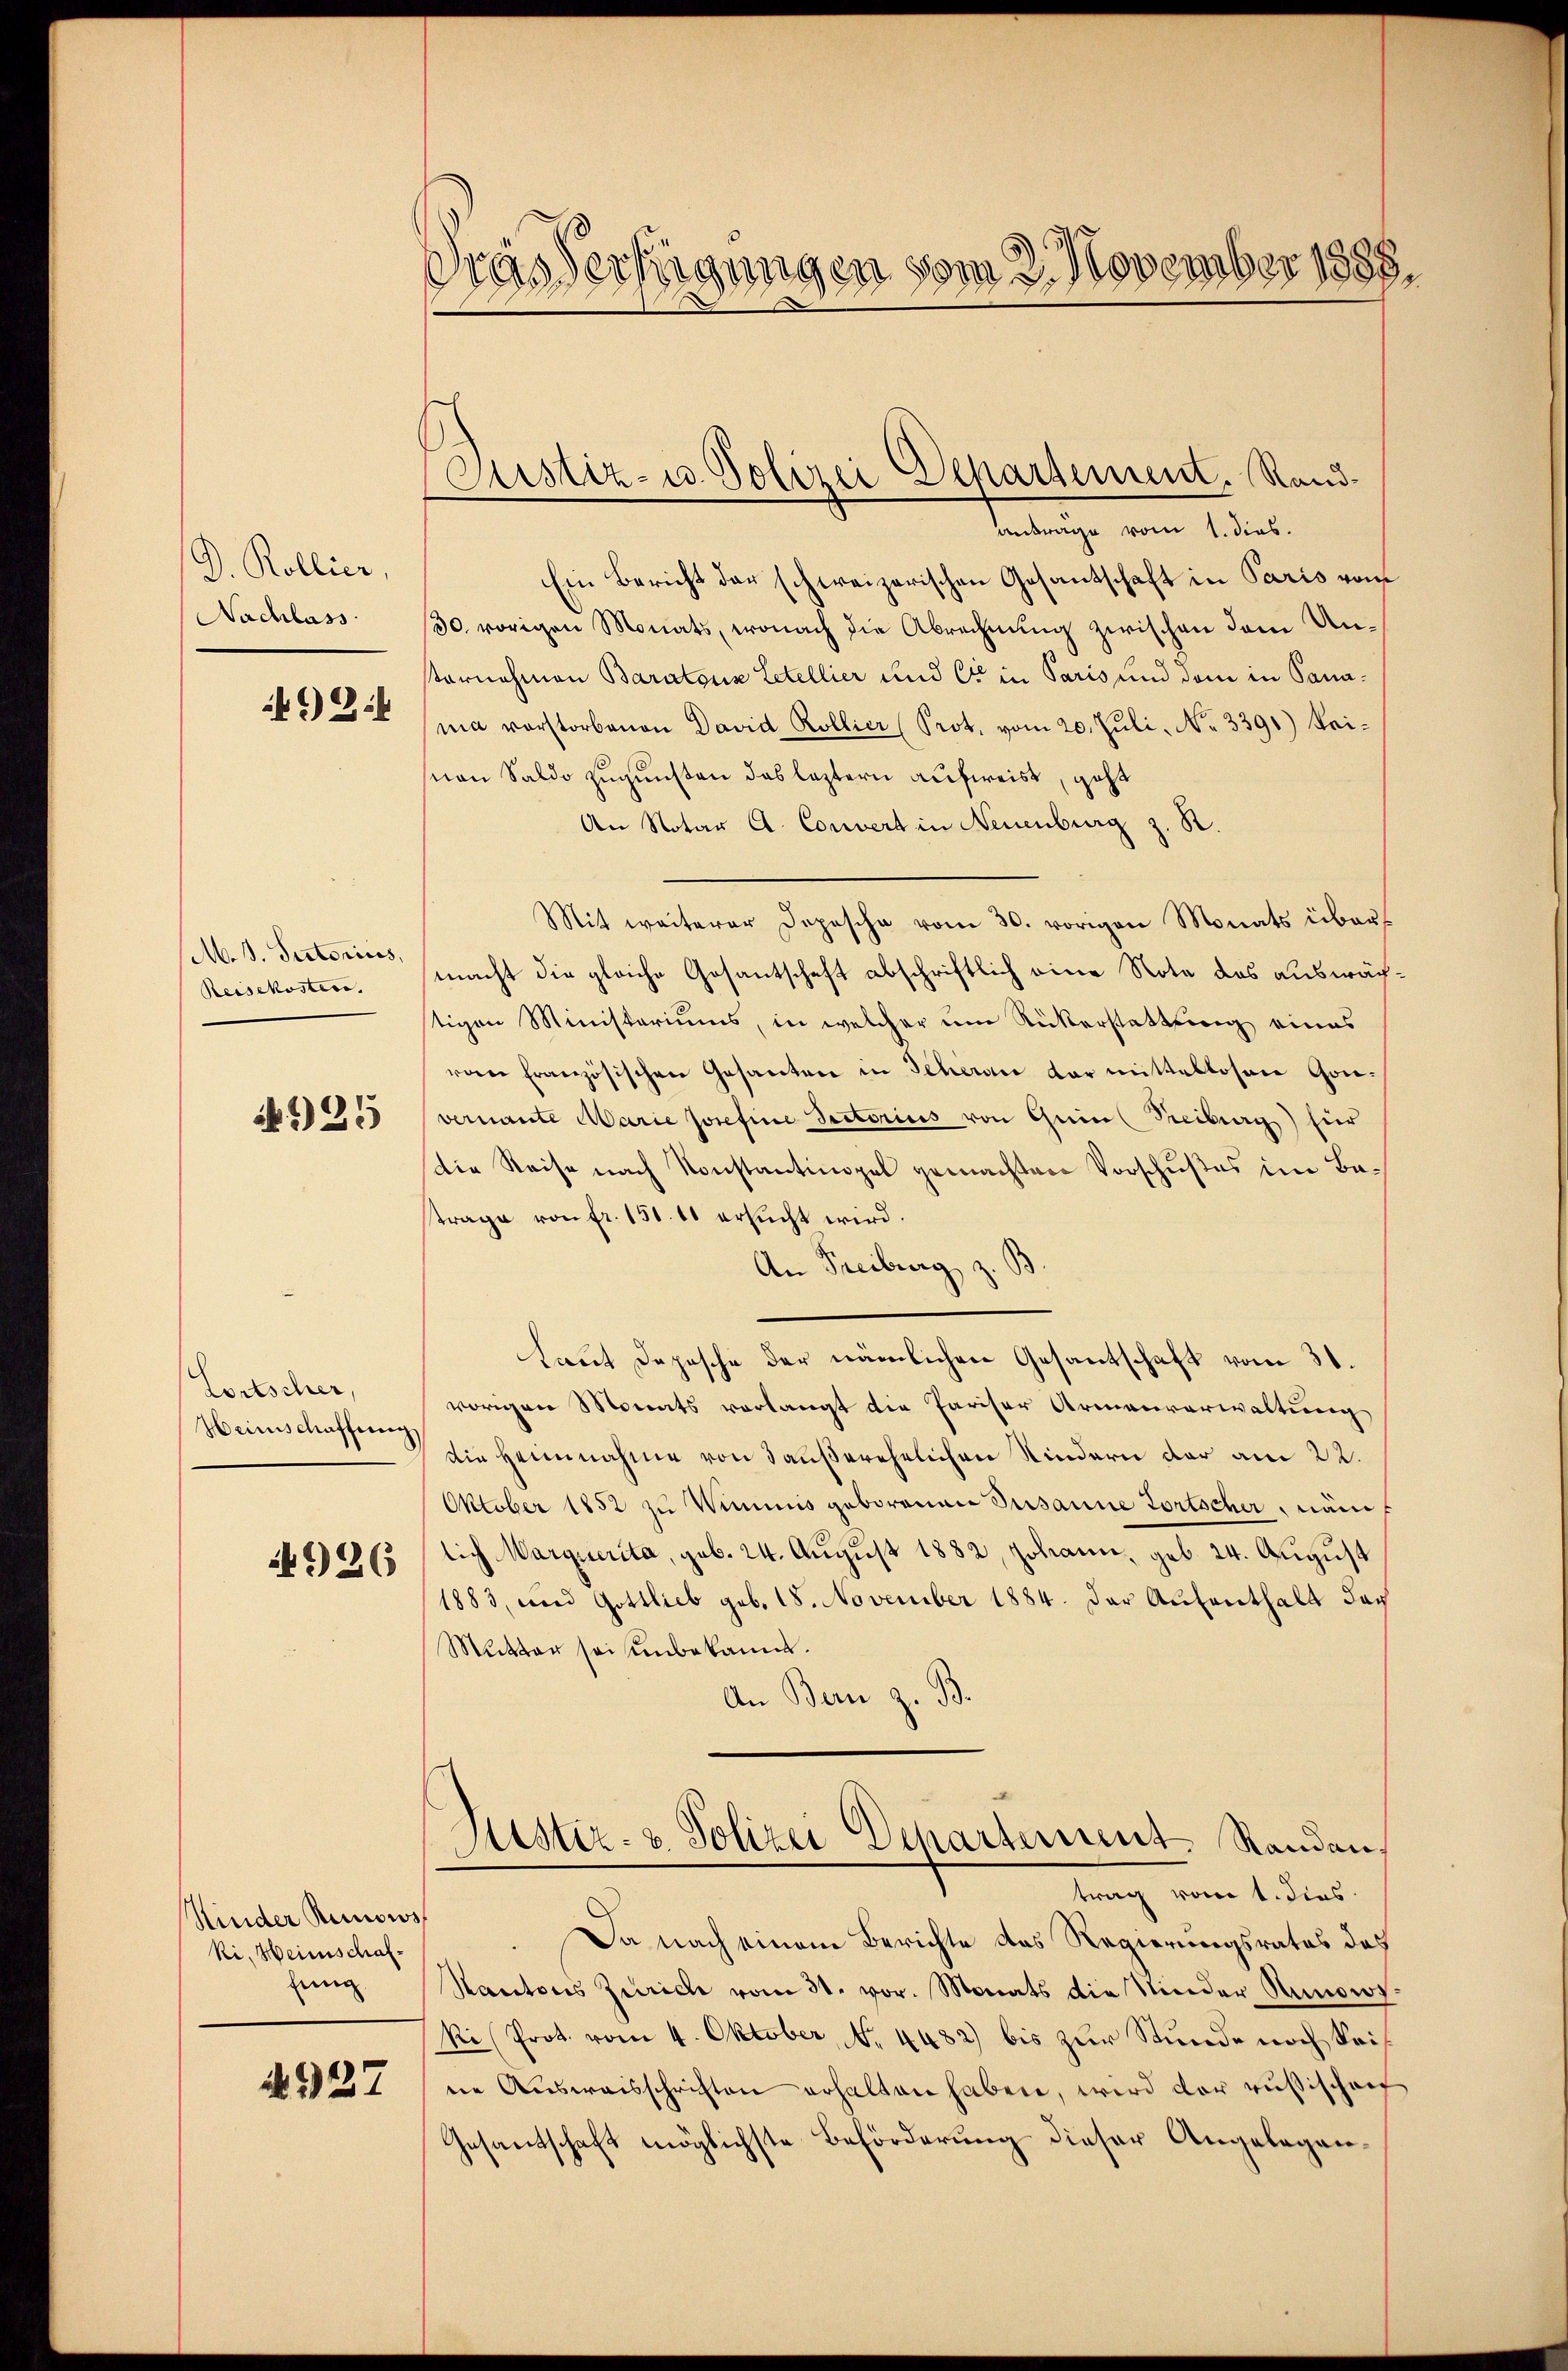
D. Kollier
Nachlass
2

M. D. Pratorius,
Reisekosten.

4925

Lortscher,
Weinschaffung

4926

Minder Runows
ki, Heimschaffung.

4927

Fras Verfügungen vom 3. November 1888.

Justiz- u Polizei Departement. Rand¬

tenliche von Seiter
Ein Bericht der schweizerischen Gesantschaft in Paris von
30. vorigen Monats, wonach die Abrechnung zwischen dem Unsternehmen Baratons Letellier und Cor in Paris und dem in Sanamia vorstorbenen David Kollier (Prot. vom 20. Juli, No 3391) keimon Saldo zugunsten das leztern aufweist, geht
An Notar A. Convert in Neuenburg z. R.
Mit weiterer Depesche vom 30. vorigen Monats über
macht die gleiche Gesantschaft abschriftlich eine Nota das auswächstigen Ministeriums, in welcher um Rükerstattung eines
ronne französischen Gesanten in Scheune dar mittellosen Gou-
vernante Marie Josefine Rectorius von Gein Freiburg) für
Die Reise nach Konstantinopel gemachten Vorschußes im Bastrage von fr. 151. 11 ersucht wird.
An Freiburg z
Laut Depesche der nämlichen Gesantschaft vom 31.
vorigen Monats vorlangt die Pariser Armenverwaltung
die Heimnahme von Haußerehelichen Kindern der am 22.
Oktober 1852 zu Vimmnis geborenen Susanne Fortscher, nämlich Marquerita, geb. 24. August 1882, Johann, geb. 24. August
1883, und Gottlieb geb. 18. November 1884. Der Aŭfenthalt das
Mutter sei unbekannt.
An Bern z. B.
Justiz- & Polizei Departement Randau,
trag vom 1. dies
Da nach einem Berichte das Regierungsrates das
Kantons Zürich vom 31. vor. Monats die Kinder Nanow
Ri (Prot. vom 4. Oktober, No. 4482) bis zur Stunde noch Seine Aŭsweisschriften erhalten haben, wird der rusischen
Gesantschaft möglichste Beförderung dieser Angelegen¬